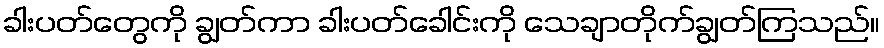
ခါးပတ်တွေကို ချွတ်ကာ ခါးပတ်ခေါင်းကို သေချာတိုက်ချွတ်ကြသည်။